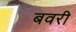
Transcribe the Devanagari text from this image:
बवरी